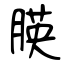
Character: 朠